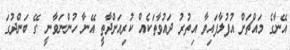
އޭނާގެ މައްޗަށް އުފުލާފައިވާ އިތުރު ދައުވާތަކެއް ކުރިއަށްދާތީ އޭނާ ހުންނަވާނީ ގޭ ބަންދުގަ